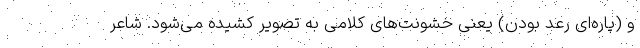
و (پاره‌ای رعد بودن) یعنی خشونت‌های کلامی به تصویر کشیده می‌شود. شاعر